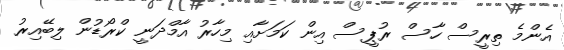
އެންމެ ތިރީސް ހާސް ރުޕީސް އިން ކަމަށާއި މިހާރު އާމްދަނީ ކްރޯޑުން ލިބޭއިރު